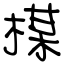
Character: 楳